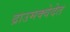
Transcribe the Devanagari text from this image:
द्राउमक्वेदेत